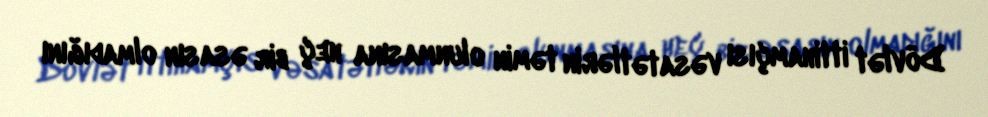
Dövlət ittihamçısı vəsatətlərin təmin olunmasına heç bir əsasın olmadığını